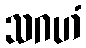
သဂဟံ